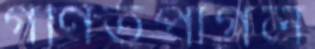
গণিতপাগল